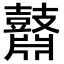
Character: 鼘